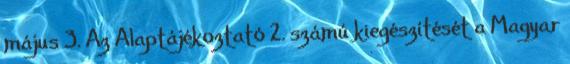
május 3. Az Alaptájékoztató 2. számú kiegészítését a Magyar